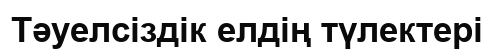
Тәуелсіздік елдің түлектері